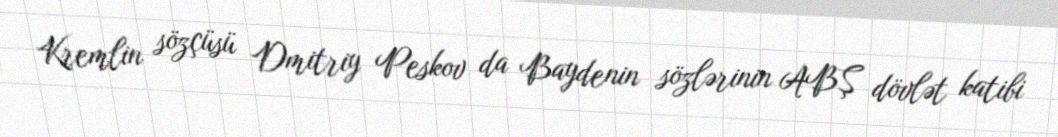
Kremlin sözçüsü Dmitriy Peskov da Baydenin sözlərinin ABŞ dövlət katibi